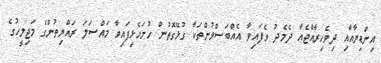
އިންޑިޔާއާއި ދިވެހިރާއްޖެއާ ދެމެދު ވެފައިވާ އެއްބަސްވުންތަކާ ގުޅޭގޮތުން ހުށަހެޅިފައިވާ މައްސަލަ ރައްޔިތުންގެ މަޖިލީހުގެ